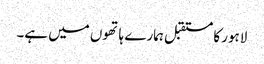
لاہور کا مستقبل ہمارے ہاتھوں میں ہے۔